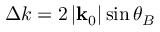
\Delta k = 2 \left| \mathbf { k } _ { 0 } \right| \sin \theta _ { B }